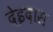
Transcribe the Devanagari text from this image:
देइदास